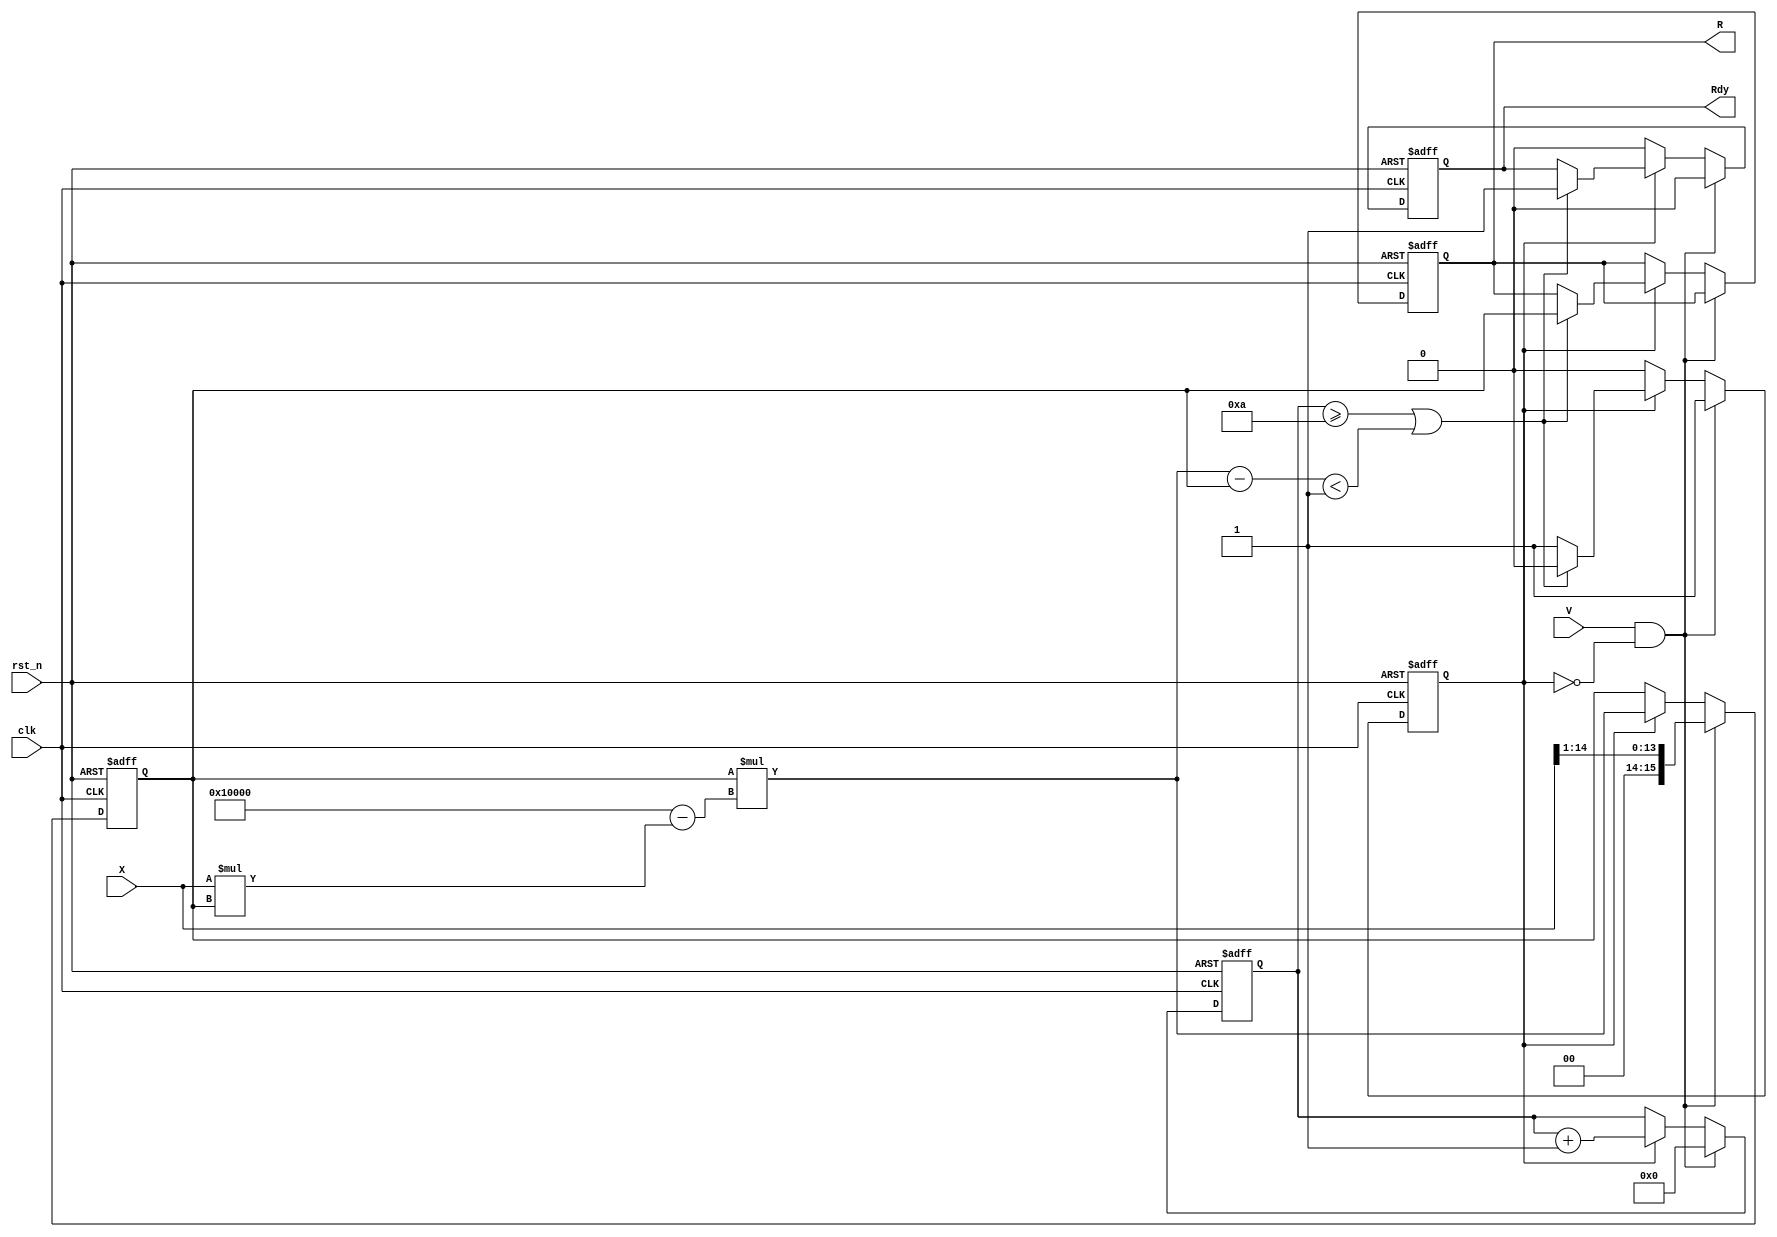
module iterative_reciprocal #(
    parameter N = 16,                // Bit-width for input and output
    parameter MAX_ITER = 10,         // Maximum number of iterations
    parameter THRESHOLD = 16'h0001   // Convergence threshold
)(
    input wire clk,                  // Clock signal
    input wire rst_n,                // Active low reset
    input wire [N-1:0] X,            // Input value (0 < X < 1)
    input wire V,                    // Valid signal
    output reg [N-1:0] R,            // Output reciprocal
    output reg Rdy                   // Ready signal
);

    reg [N-1:0] R_current;           // Current estimate of the reciprocal
    reg [N-1:0] R_next;              // Next estimate of the reciprocal
    reg [N-1:0] delta;               // Change in the estimate
    reg [3:0] iter_count;            // Iteration counter
    reg processing;                  // Processing state

    always @(posedge clk or negedge rst_n) begin
        if (!rst_n) begin
            R <= 0;
            Rdy <= 0;
            R_current <= 0;
            iter_count <= 0;
            processing <= 0;
        end else begin
            if (V && !processing) begin
                // Initialize on valid input
                R_current <= {1'b0, X[N-2:1]}; // Approximation: 1/X (fixed point)
                iter_count <= 0;
                processing <= 1;
                Rdy <= 0; // Not ready until processing is done
            end else if (processing) begin
                // Iterative process
                R_next = R_current * (2 ** N - X * R_current);
                delta = R_next - R_current;

                // Update current estimate
                R_current <= R_next;

                // Increment iteration count
                iter_count <= iter_count + 1;

                // Check for convergence or max iterations
                if ((iter_count >= MAX_ITER) || (delta < THRESHOLD)) begin
                    R <= R_current; // Final estimate
                    Rdy <= 1; // Indicate that the result is ready
                    processing <= 0; // Reset processing state
                end
            end else begin
                Rdy <= 0; // Not ready if not processing
            end
        end
    end

endmodule